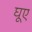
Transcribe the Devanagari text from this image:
घूए